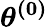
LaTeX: \boldsymbol{\theta^{(0)}}